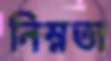
নিম্নতা